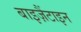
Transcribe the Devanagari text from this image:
बाइज़ैंटाइन